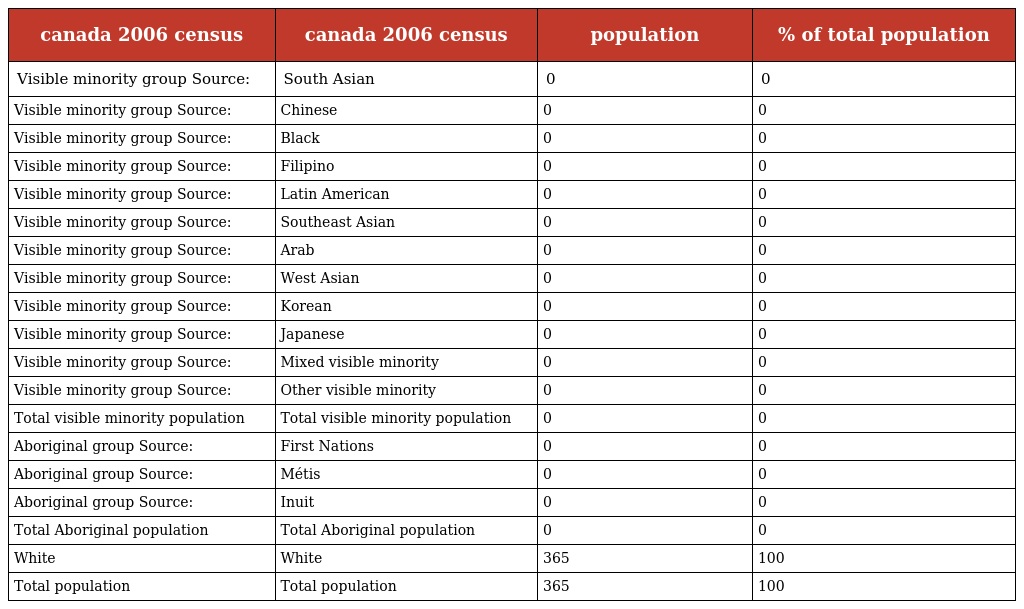
| canada 2006 census | canada 2006 census | population | % of total population |
 | --- | --- | --- | --- |
 | Visible minority group Source: | South Asian | 0 | 0 |
 | Visible minority group Source: | Chinese | 0 | 0 |
 | Visible minority group Source: | Black | 0 | 0 |
 | Visible minority group Source: | Filipino | 0 | 0 |
 | Visible minority group Source: | Latin American | 0 | 0 |
 | Visible minority group Source: | Southeast Asian | 0 | 0 |
 | Visible minority group Source: | Arab | 0 | 0 |
 | Visible minority group Source: | West Asian | 0 | 0 |
 | Visible minority group Source: | Korean | 0 | 0 |
 | Visible minority group Source: | Japanese | 0 | 0 |
 | Visible minority group Source: | Mixed visible minority | 0 | 0 |
 | Visible minority group Source: | Other visible minority | 0 | 0 |
 | Total visible minority population | Total visible minority population | 0 | 0 |
 | Aboriginal group Source: | First Nations | 0 | 0 |
 | Aboriginal group Source: | Métis | 0 | 0 |
 | Aboriginal group Source: | Inuit | 0 | 0 |
 | Total Aboriginal population | Total Aboriginal population | 0 | 0 |
 | White | White | 365 | 100 |
 | Total population | Total population | 365 | 100 |